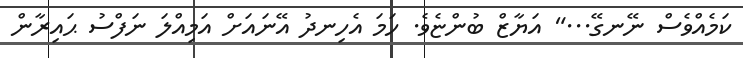
ކަމެއްވެސް ނޭނގޭ..." އަޔާޒް ބުންޏެވެ. ހަމަ އެހިނދު އޭނައަށް އަމިއްލަ ނަފްސު ޙައިރާން